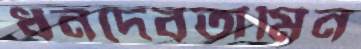
ধনদেবতামিন